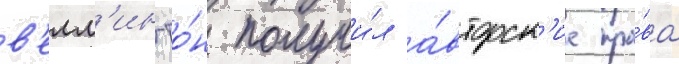
в'елл'ингто́н получи́л а́вторск'ие пра́ва